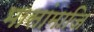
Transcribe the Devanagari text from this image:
भासांमाजि